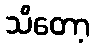
သိတော့